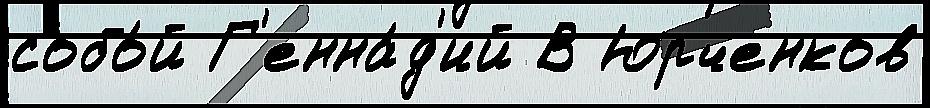
собо́й Г'енна́д'ий В Юрченков